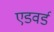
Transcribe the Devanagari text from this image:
एडवर्ड